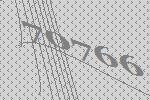
70766